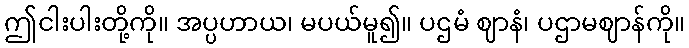
ဤငါးပါးတို့ကို။ အပ္ပဟာယ၊ မပယ်မူ၍။ ပဌမံ ဈာနံ၊ ပဌာမဈာန်ကို။